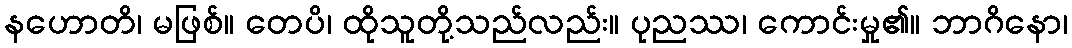
နဟောတိ၊ မဖြစ်။ တေပိ၊ ထိုသူတို့သည်လည်း။ ပုညဿ၊ ကောင်းမှု၏။ ဘာဂိနော၊